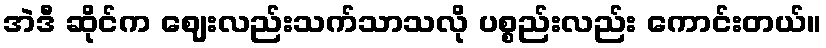
အဲဒီ ဆိုင်က ဈေးလည်းသက်သာသလို ပစ္စည်းလည်း ကောင်းတယ်။